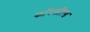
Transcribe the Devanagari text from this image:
कॉरफील्ड